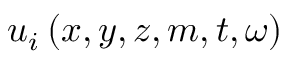
u _ { i } \left( x , y , z , m , t , \omega \right)